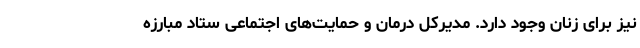
نیز برای زنان وجود دارد. مدیرکل درمان و حمایت‌های اجتماعی ستاد مبارزه